Papers set at the Examination for Leaving Certificates, 1889
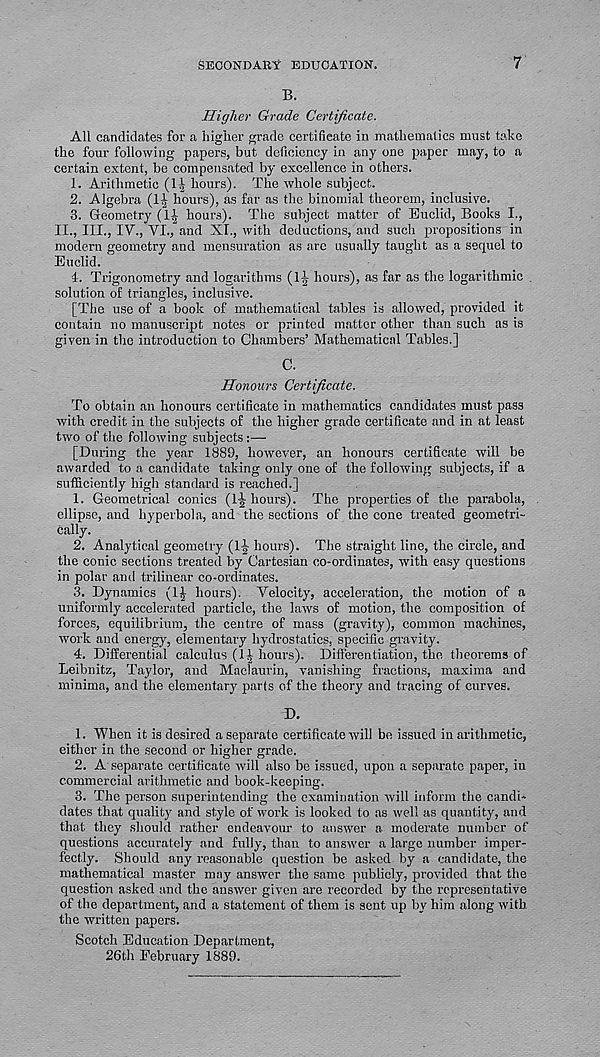
SECONDARY EDUCATION.
7
B.
Higher Grade Certificate.
All candidates for a higher grade certificate in mathematics must take
the four following papers, but deficiency in any one paper may, to a
certain extent, be compensated by excellence in others.
1. Arithmetic (1-J hours). The whole subject.
2. Algebra (1^ hours), as far as the binomial theorem, inclusive.
3. Geometry (!£ hours). The subject matter of Euclid, Books I.,
II., III., IV., VI., and XL, with deductions, and such propositions in
modern geometry and mensuration as are usually taught as a sequel to
Euclid.
1-. Trigonometry and logarithms (1^ hours), as far as the logarithmic .
solution of triangles, inclusive.
[The use of a book of mathematical tables is allowed, provided it
contain no manuscript notes or printed matter other than such as is
given in the introduction to Chambers’ Mathematical Tables.]
C.
Honours Certificate.
To obtain an honours certificate in mathematics candidates must pass
with credit in the subjects of the higher grade certificate and in at least
two of the following subjects
[During the year 1889, however, an honours certificate will be
awarded to a candidate taking only one of the following subjects, if a
sufficiently high standard is reached.]
1. Geometrical conics (l-^ hours). The properties of the parabola,
ellipse, and hyperbola, and the sections of the cone treated geometri-
cally.
2. Analytical geometry (1]? hours). The straight line, the circle, and
the conic sections treated by Cartesian co-ordinates, with easy questions
in polar and trilinear co-ordinates.
3. Dynamics (1J hours). Velocity, acceleration, the motion of a
uniformly accelerated particle, the laws of motion, the composition of
forces, equilibrium, the centre of mass (gravity), common machines,
work and energy, elementary hydrostatics, specific gravity.
4. Differential calculus (1^ hours). Differentiation, the theorems of
Leibnitz, Taylor, and Maclaurin, vanishing fractions, maxima and
minima, and the elementary parts of the theory and tracing of curves.
D.
1. When it is desired a separate certificate will be issued in arithmetic,
either in the second or higher grade.
2. A separate certificate will also be issued, upon a separate paper, in
commercial arithmetic and book-keeping.
3. The person superintending the examination will inform the candi-
dates that quality and style of work is looked to as well as quantity, and
that they should rather endeavour to answer a moderate number of
questions accurately and fully, than to answer a large number imper-
fectly. Should any reasonable question be asked by a candidate, the
mathematical master may answer the same publicly, provided that the
question asked and the answer given are recorded by the representative
of the department, and a statement of them is sent up by him along with
the written papers.
Scotch Education Department,
26th February 1889.